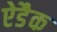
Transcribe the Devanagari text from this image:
ऐडैक